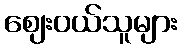
ဈေးဝယ်သူများ